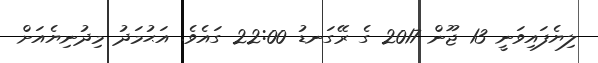
ލިޔެފައިވަނީ 13 ޖޫން 2017 ގެ ރޭގަނޑު 22:00 ގައެވެ. އަޙުމަދު މިދުނިޔެއަށް